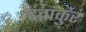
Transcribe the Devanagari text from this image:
दंतांकुर